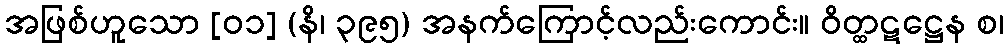
အဖြစ်ဟူသော [၀၁] (နိ၊ ၃၉၅) အနက်ကြောင့်လည်းကောင်း။ ဝိတ္ထဋဋ္ဌေန စ၊